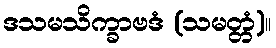
ဒသမသိက္ခာဗဒံ (သမတ္တံ)။